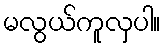
မလွယ်ကူလှပါ။